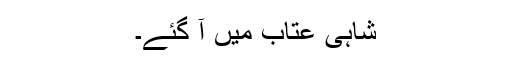
شاہی عتاب میں آ گئے۔